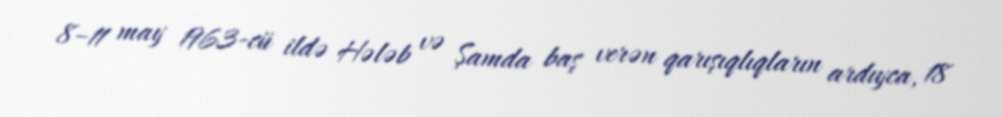
8–11 may 1963-cü ildə Hələb və Şamda baş verən qarışıqlıqların ardıyca, 18